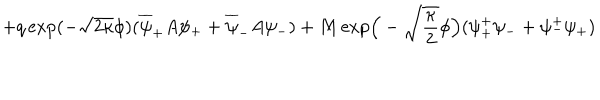
+ q \exp ( - \sqrt { 2 \kappa } \phi ) ( \overline { { { \psi } } } _ { + } A \psi _ { + } + \overline { { { \psi } } } _ { - } A \psi _ { - } ) + M \exp \! \Big ( - \sqrt { \frac { \kappa } { 2 } } \phi \Big ) ( \psi _ { + } ^ { + } \psi _ { - } + \psi _ { - } ^ { + } \psi _ { + } )